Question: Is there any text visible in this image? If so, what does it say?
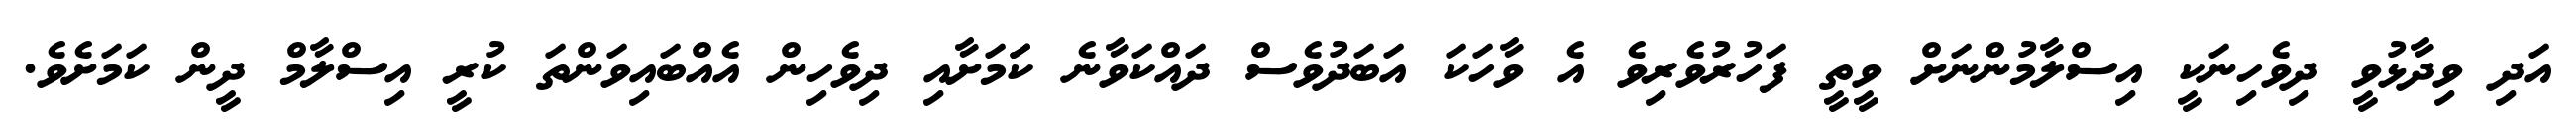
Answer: އަދި ވިދާޅުވީ ދިވެހިނަކީ އިސްލާމުންނަށް ވީތީ ފަހުރުވެރިވެ އެ ވާހަކަ އަބަދުވެސް ދައްކަވާނެ ކަަމަށާއި ދިވެހިން އެއްބައިވަންތަ ކުރީ އިސްލާމް ދީން ކަމަށެވެ.